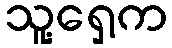
သူ့ရှေ့က